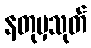
နတုမှသုတ်